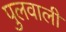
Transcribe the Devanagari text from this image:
पुलवाली